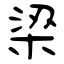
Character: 梁